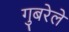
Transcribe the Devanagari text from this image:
गुबरेले